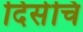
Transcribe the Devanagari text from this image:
दिसेचि